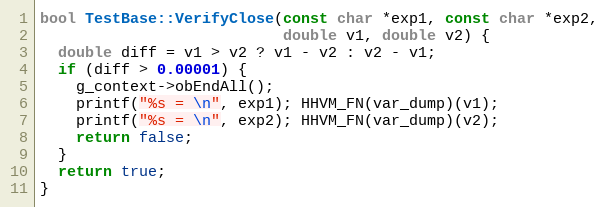
Language: C++
bool TestBase::VerifyClose(const char *exp1, const char *exp2,
                           double v1, double v2) {
  double diff = v1 > v2 ? v1 - v2 : v2 - v1;
  if (diff > 0.00001) {
    g_context->obEndAll();
    printf("%s = \n", exp1); HHVM_FN(var_dump)(v1);
    printf("%s = \n", exp2); HHVM_FN(var_dump)(v2);
    return false;
  }
  return true;
}